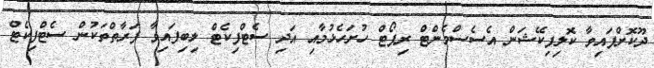
ދޫކޮށްފައިވާ ކޮލިފިކޭޝަން އެސެސްމެންޓް ރިޕޯޓް ހުށަހެޅުމާއި އަދި ސެޓްފިކެޓް ލިބިފައިވާ ފަރާތްތަކުން ސެޓްފިކެޓް